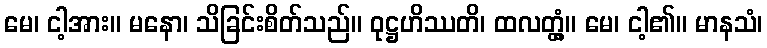
မေ၊ ငါ့အား။ မနော၊ သိခြင်းစိတ်သည်။ ဝုဋ္ဌဟိဿတိ၊ ထလတ္တံ့။ မေ၊ ငါ့၏။ မာနသံ၊